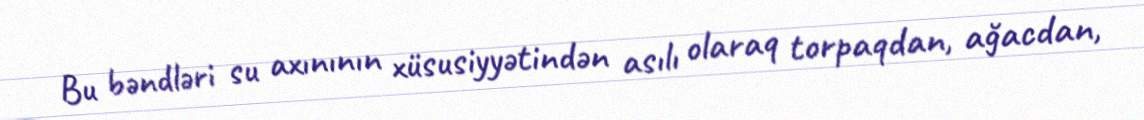
Bu bəndləri su axınının xüsusiyyətindən asılı olaraq torpaqdan, ağacdan,